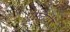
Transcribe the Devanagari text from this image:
पोटियों